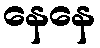
နေနေ